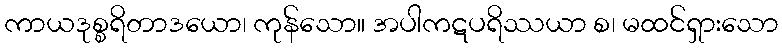
ကာယဒုစ္စရိတာဒယော၊ ကုန်သော။ အပါကဋပရိဿယာ စ၊ မထင်ရှားသော